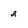
Character: 2